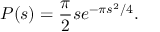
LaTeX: P ( s ) = { \frac { \pi } { 2 } } s e ^ { - \pi s ^ { 2 } / 4 } .